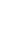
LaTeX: U\! \! \! \! \! \! \! \! \! \! \! \! _{\! \! \! \! \! \! \! \! \! \! \! \! \alpha\! \! \! \! \! \! \! \! \! \! \! \! _{\mathbf{i}}}\! \! \! \! \! \! \! \! \! \! \! \! \cap\! \! \! \! \! \! \! \! \! \! \! \! U\! \! \! \! \! \! \! \! \! \! \! \! _{\! \! \! \! \! \! \! \! \! \! \! \! \alpha\! \! \! \! \! \! \! \! \! \! \! \! _{j}}\! \! \! \! \! \! \! \! \! \! \! \! =\! \! \! \! \! \! \! \! \! \! \! \! \emptyset\! \! \! \! \! \! \! \! \! \! \!